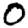
Digit: 0